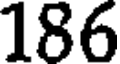
186